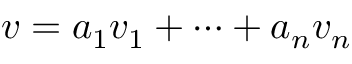
v = a _ { 1 } v _ { 1 } + \cdots + a _ { n } v _ { n }